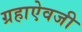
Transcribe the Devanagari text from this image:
ग्रहाऐवजी